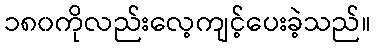
၁၈၀ကိုလည်းလေ့ကျင့်ပေးခဲ့သည်။